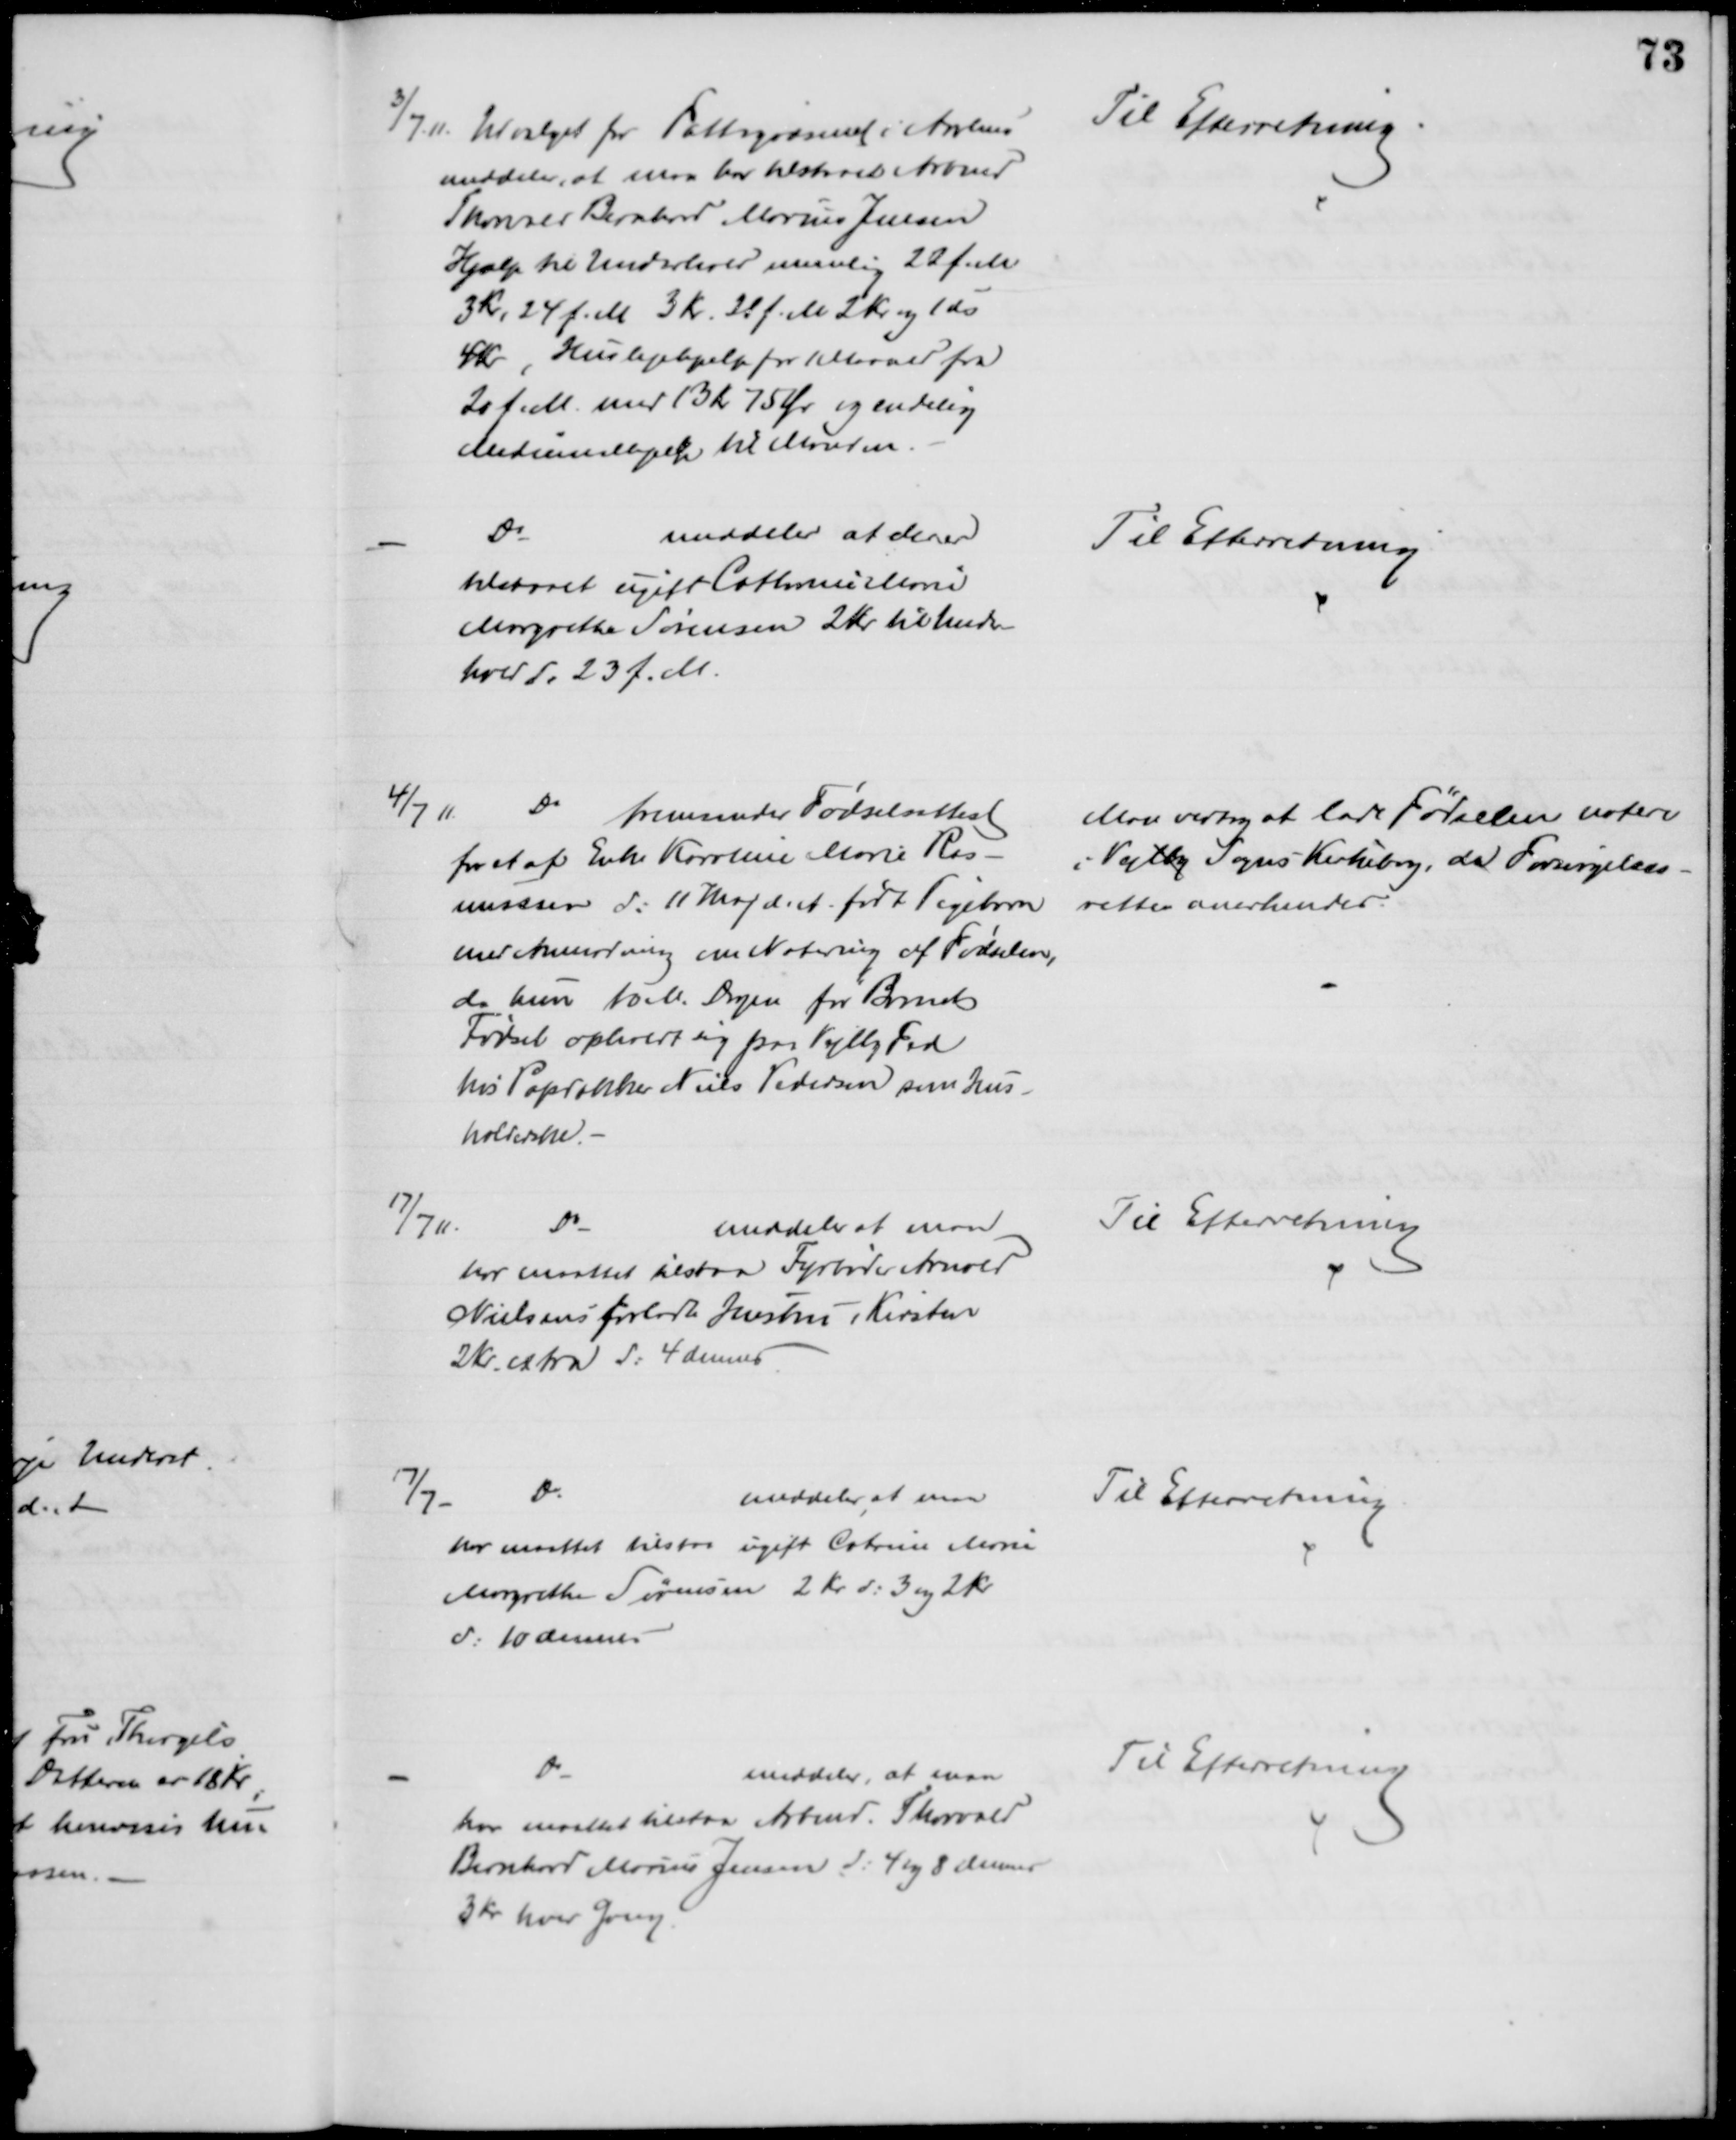
Transskription:
3/7.11. Udvalget for Fattigvæsenet i Aarhus
meddeler, at man har tilstaaet Arbmd
Thorvald Bernhard Marius Jensen
Hjælp til Underhold nemlig 22 f.M.
3 Kr. 24 f. M. 3 Kr. 28 f. M. 2 Kr. og 1 ds
4 Kr, Huslejehjælp for 1 Maaned fra
20 f. M. med 13 Kr 75 Øre og endelig
Medicinalhjælp til Manden.
Til Efterretning.
Do
meddeler at der er
tilstaaet ugift Cathrine Marie
Margrethe Sørensen 2 Kr. til Under-
hold d. 23 f. M.
Til Efterretning
4/7 11.
Do 
fremsender Fødselsattest
for et af Enke Karoline Marie Ras-
musssen d: 11 Maj d. A. født Pigebarn
med Anmodning om Notering af Fødselen,
da hun 10 M. Dagen for Barnets
Fødsel opholdt sig paa Vejlby Fed
hos Papdækker Niels Pedersen som Hus-
holderske.
Man vedtog at lade Fødselen notere
i Vejlby Sogns Kirkebog, da Forsørgelses-
retten anerkendes.
17/7 11.
Do
meddeler at man
har maattet tilstaa Fyrbøder Arnold
Nielsens forladte Hustru, Kirsten
2 Kr. extra d: 4 dennes
Til Efterretning
17/7.
Do
meddeler at man
har maattet tilstaa ugift Catrine Marie
Margrethe Sørensen 2 Kr d: 3 og 2 Kr.
d. 10 dennes
Til Efterretning
Do
meddeler, at man
har maattet tilstaa Arbmd. Thorvald
Bernhard Marius Jensen d; 4 og 8 dennes
3 Kr hver Gang.
Til Efterretning